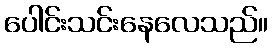
ပေါင်းသင်းနေလေသည်။